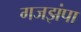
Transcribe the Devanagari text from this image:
गजझंपा